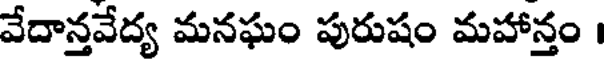
వేదాన్తవేద్య మనఘం పురుషం మహాన్తం ।